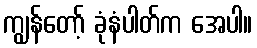
ကျွန်တော့် ခုံနံပါတ်က အေပါ။